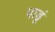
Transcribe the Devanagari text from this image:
पाडूं